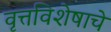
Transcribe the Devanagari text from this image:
वृत्तविशेषाचे